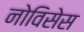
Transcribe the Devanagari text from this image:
नोविसेस